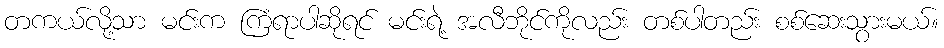
တကယ်လို့သာ မင်းက ကြံရာပါဆိုရင် မင်းရဲ့ အလီဘိုင်ကိုလည်း တစ်ပါတည်း စစ်ဆေးသွားမယ်။